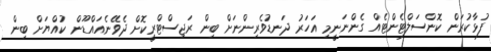
ފުޅާކުރަން ކޮންސަލްޓެންޓެއް ގެންނަނީމި އަހަރު ދަނޑުވެރިންނަށް ބިން ރަޖިސްޓްރީކޮށް ދެވޭނެއައްޑޫން ކުއްޔަށް ބިން